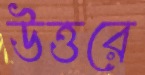
উত্তরে